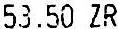
53.50 ZR